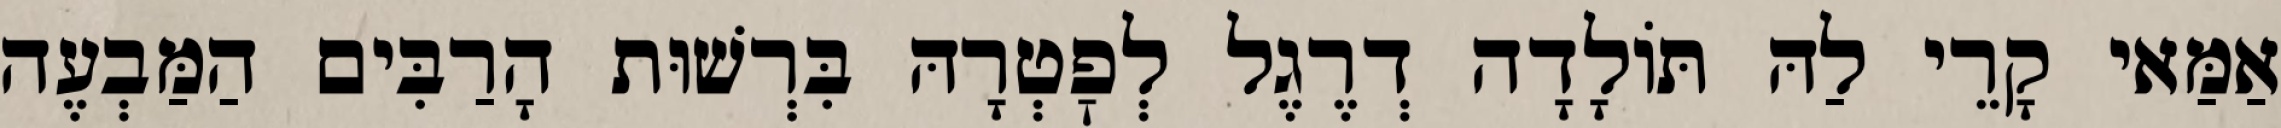
אַמַּאי קָרֵי לַהּ תּוֹלָדָה דְרֶגֶל לְפׇטְרָהּ בִּרְשׁוּת הָרַבִּים הַמַּבְעֶה